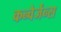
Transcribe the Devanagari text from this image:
कन्वेर्जेन्स